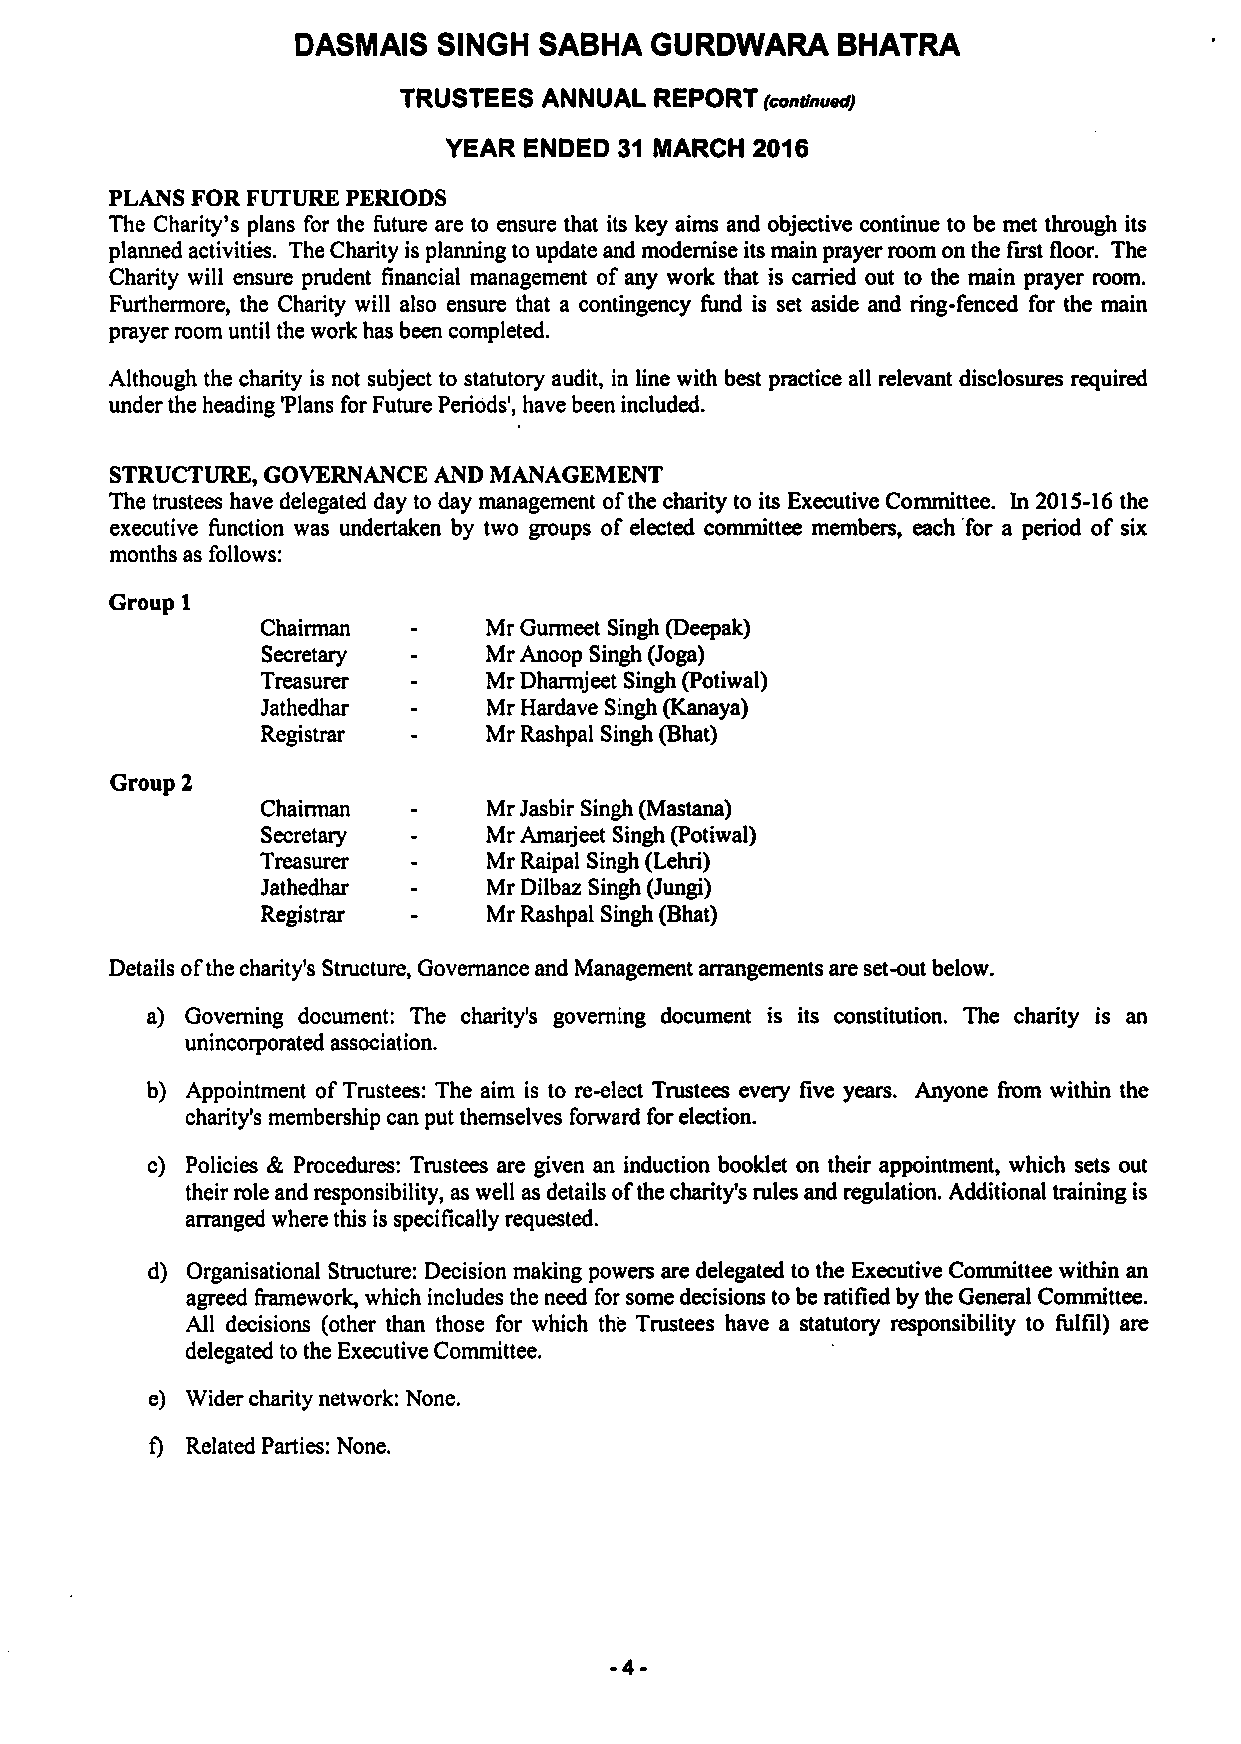
DASMAIS  SINGH  SABHA  GURDWARA    BHATRA
 TRUSTEES  ANNUAL REPORT  (conic~)
 YEAR  ENDED 31 MARCH 2016
 PLANS FOR FUTURE PERIODS
 The Charity's plans for the future are to ensure that its key aims and objective continue to be met through its
 planned activities. The Charity is planning to update and modernise its main prayer room on the first floor. The
 Charity will ensure prudent financial management ofany work that is carried out to the main prayer room.
 Furthermore, the Charity will also ensure that a contingency fund is set aside and ring-fenced for the main
 prayer room until the work has been completed.
 Although the charity is not subject to statutory audit, in line with best practice all relevant disclosures required
 under the heading 'Plans for Future Periods', have been included.
 STRUCTURE, GOVERNANCE AND MANAGEMENT
 The trustees have delegated day to day management ofthe charity to its Executive Committee. In 2015-16the
 executive function was undertaken by two groups of elected committee members, each 'for a period of six
 months as follows:
 Group 1
 Chairman       Mr Gurmeet Singh (Deepak)
 Secretary      Mr Anoop Singh (Joga)
 Treasurer      Mr Dhaimjeet Singh (Potiwal)
 Jathedhar      Mr Hardave Singh (Kanaya)
 Registrar      Mr Rashpal Singh (Bhat)
 Group 2
 Chairman       Mr Jasbir Singh (Mastana)
 Secretary      Mr Amarjeet Singh (Potiwal)
 Treasurer      Mr Raipal Singh (Lehri)
 Jathedhar      Mr Dilbaz Singh (Jungi)
 Registrar      Mr Rashpal Singh (Bhat)
 Details ofthe charity's Structure, Governance and Management arrangements are set-out below.
 a) Governing document: The charity's governing document is its constitution. The charity is an
 unincorporated association.
 b) Appointment ofTrustees: The aim is to re-elect Trustees every five years. Anyone &om within the
 charity's membership can put themselves forward for election.
 c) Policies & Procedures: Trustees are given an induction booklet on their appointment, which sets out
 their role and responsibility, as well as details ofthe charity's rules and regulation. Additional training is
 arranged where this is specifically requested.
 d) Organisational Structure: Decision making powers are delegated to the Executive Committee within an
 agreed framework, which includes the need for some decisions to be ratified by the General Committee.
 All decisions (other than those for which the Trustees have a statutory responsibility to fulfil) are
 delegated to the Executive Committee.
 e) Wider charity network: None.
 f) Related Parties: None.
 -4-